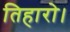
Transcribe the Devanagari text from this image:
तिहारो।